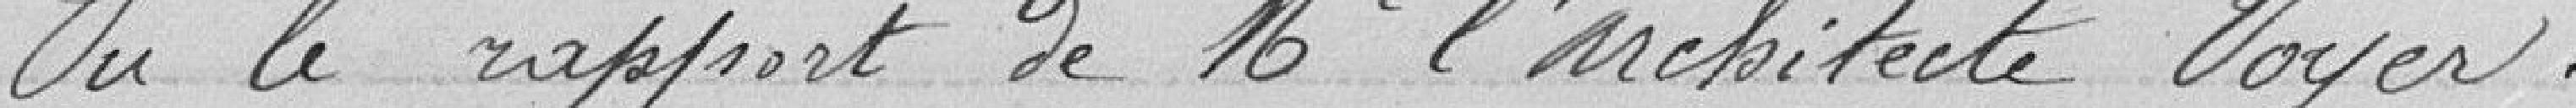
Vu le rapport de Monsieur l'Architecte VOYER,